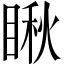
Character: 瞅